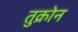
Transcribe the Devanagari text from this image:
तुक्रोन